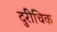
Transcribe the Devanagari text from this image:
दुरीचिक